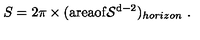
S = 2 \pi \times ( \mathrm { a r e a o f { \cal S } ^ { d - 2 } } ) _ { h o r i z o n } \ .